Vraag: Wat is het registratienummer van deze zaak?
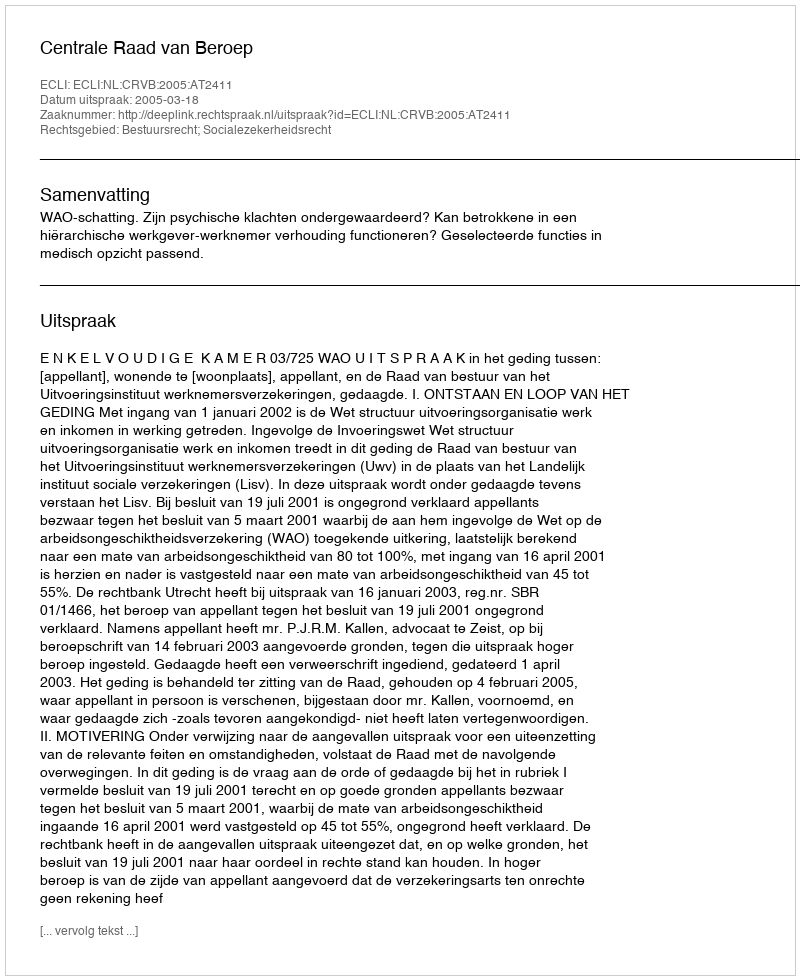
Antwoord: http://deeplink.rechtspraak.nl/uitspraak?id=ECLI:NL:CRVB:2005:AT2411